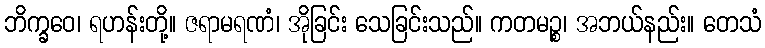
ဘိက္ခဝေ၊ ရဟန်းတို့။ ဇရာမရဏံ၊ အိုခြင်း သေခြင်းသည်။ ကတမဉ္စ၊ အဘယ်နည်း။ တေသံ